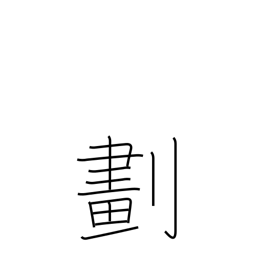
Meaning: divide